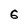
Character: 6